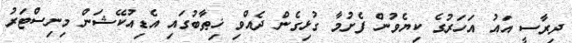
ދިރާސީ އައު އަހަރުގެ ކިޔެވުން ފެށުމާ ގުޅިގެން ދެއްވި ޚިޠާބުގައި އެޑިއުކޭޝަން މިނިސްޓަރު